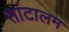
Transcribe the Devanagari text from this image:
सांटालम